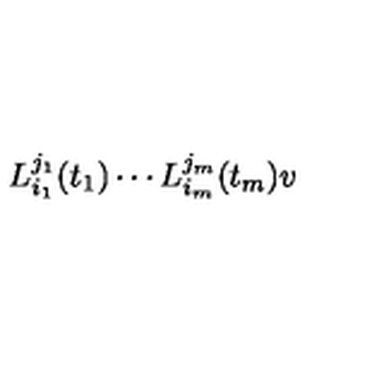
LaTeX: L _ { i _ { 1 } } ^ { j _ { 1 } } ( t _ { 1 } ) \cdots L _ { i _ { m } } ^ { j _ { m } } ( t _ { m } ) v